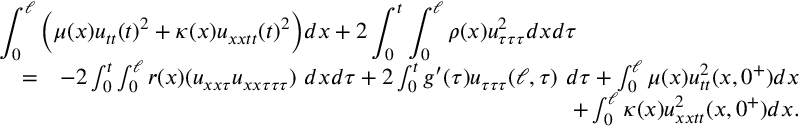
\begin{array} { r l r } { \lefteqn { \int _ { 0 } ^ { \ell } \Big ( \mu ( x ) u _ { t t } ( t ) ^ { 2 } + \kappa ( x ) u _ { x x t t } ( t ) ^ { 2 } \Big ) d x + 2 \int _ { 0 } ^ { t } \int _ { 0 } ^ { \ell } \rho ( x ) u _ { \tau \tau \tau } ^ { 2 } d x d \tau } } \\ & { = } & { - 2 \int _ { 0 } ^ { t } \int _ { 0 } ^ { \ell } r ( x ) ( u _ { x x \tau } u _ { x x \tau \tau \tau } ) \ d x d \tau + 2 \int _ { 0 } ^ { t } g ^ { \prime } ( \tau ) u _ { \tau \tau \tau } ( \ell , \tau ) \ d \tau + \int _ { 0 } ^ { \ell } \mu ( x ) u _ { t t } ^ { 2 } ( x , 0 ^ { + } ) d x } \\ & { } & { + \int _ { 0 } ^ { \ell } \kappa ( x ) u _ { x x t t } ^ { 2 } ( x , 0 ^ { + } ) d x . } \end{array}